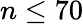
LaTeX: n\leq 70